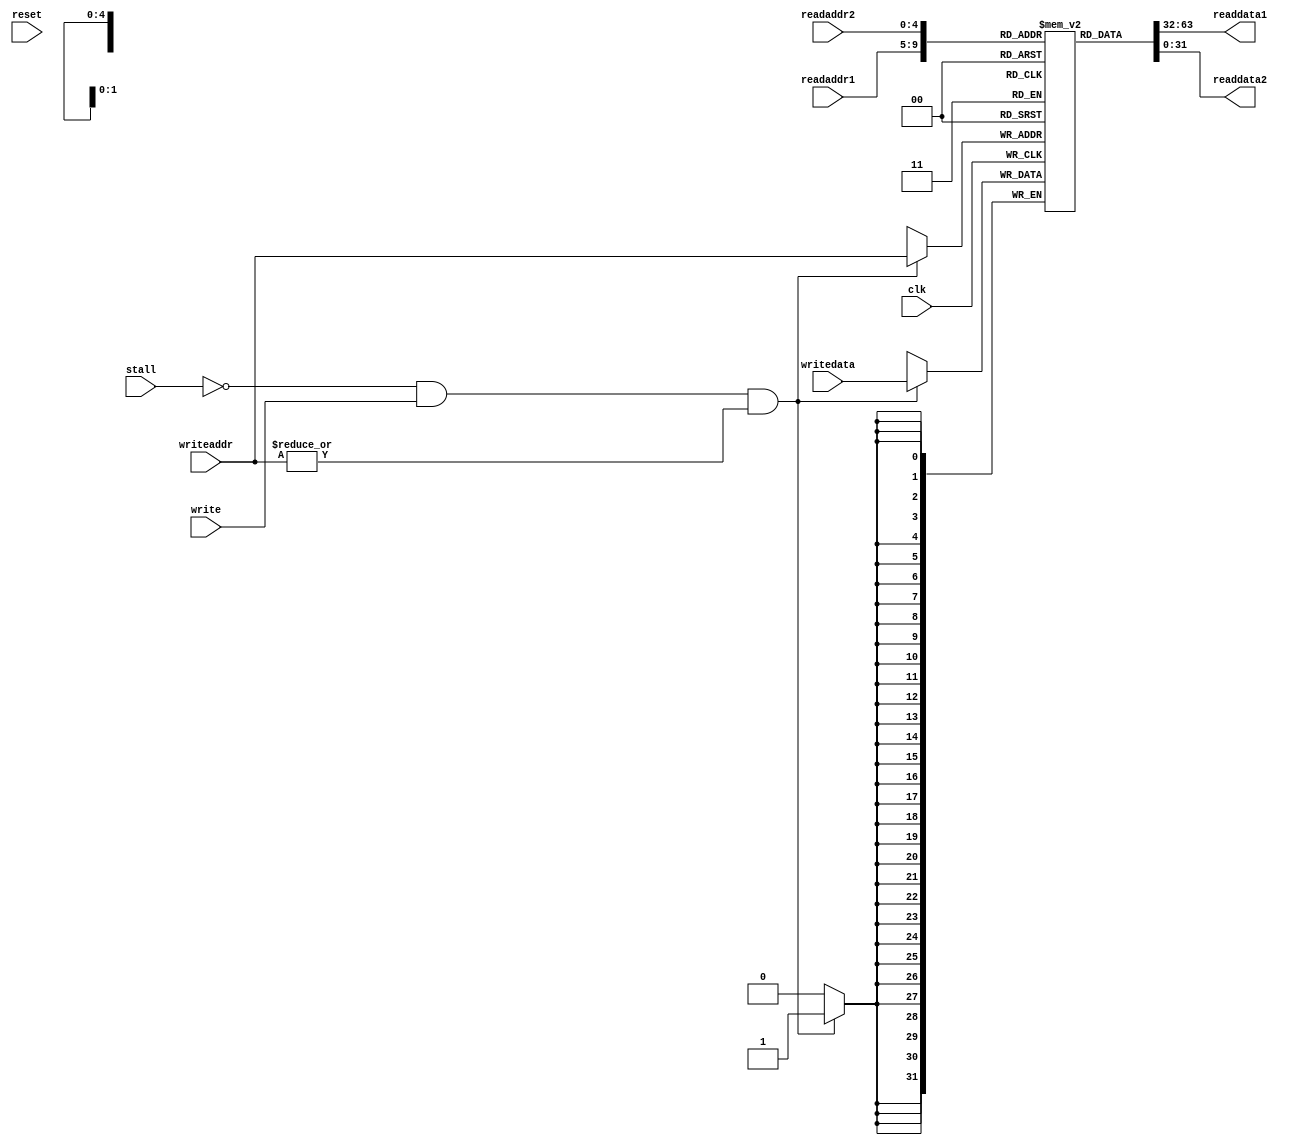
module registerfile (
    input clk,
    input reset,
    input stall,
    input [4:0] readaddr1,
    output [31:0] readdata1,
    input [4:0] readaddr2,
    output [31:0] readdata2,
    input [4:0] writeaddr,
    input [31:0] writedata,
    input write
);
    reg [31:0] rf [0:31];

    integer i;
    initial begin
        for (i = 0; i < 32; i= i+1) begin
            rf[i] = 0;
        end
    end

    always @(posedge clk) begin
        if (~stall & write & (|writeaddr))
            rf[writeaddr] <= writedata;
    end
    assign readdata1 = rf[readaddr1];
    assign readdata2 = rf[readaddr2];

endmodule